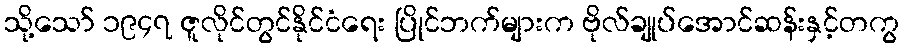
သို့သော် ၁၉၄၇ ဇူလိုင်တွင်နိုင်ငံရေး ပြိုင်ဘက်များက ဗိုလ်ချုပ်အောင်ဆန်းနှင့်တကွ